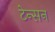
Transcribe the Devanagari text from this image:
टेन्सन